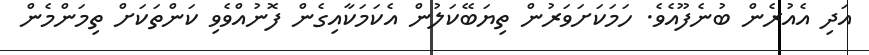
އަދި އެއުރެން ބުނެފޫއެވެ. ހަމަކަށަވަރުން ތިޔަބޭކަލުން އެކަމަކާއިގެން ފޮނުއްވެވި ކަންތަކަށް ތިމަންމެން